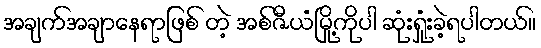
အချက်အချာနေရာဖြစ် တဲ့ အစ်ဇီယံမြို့ကိုပါ ဆုံးရှုံးခဲ့ရပါတယ်။